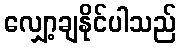
လျှော့ချနိုင်ပါသည်